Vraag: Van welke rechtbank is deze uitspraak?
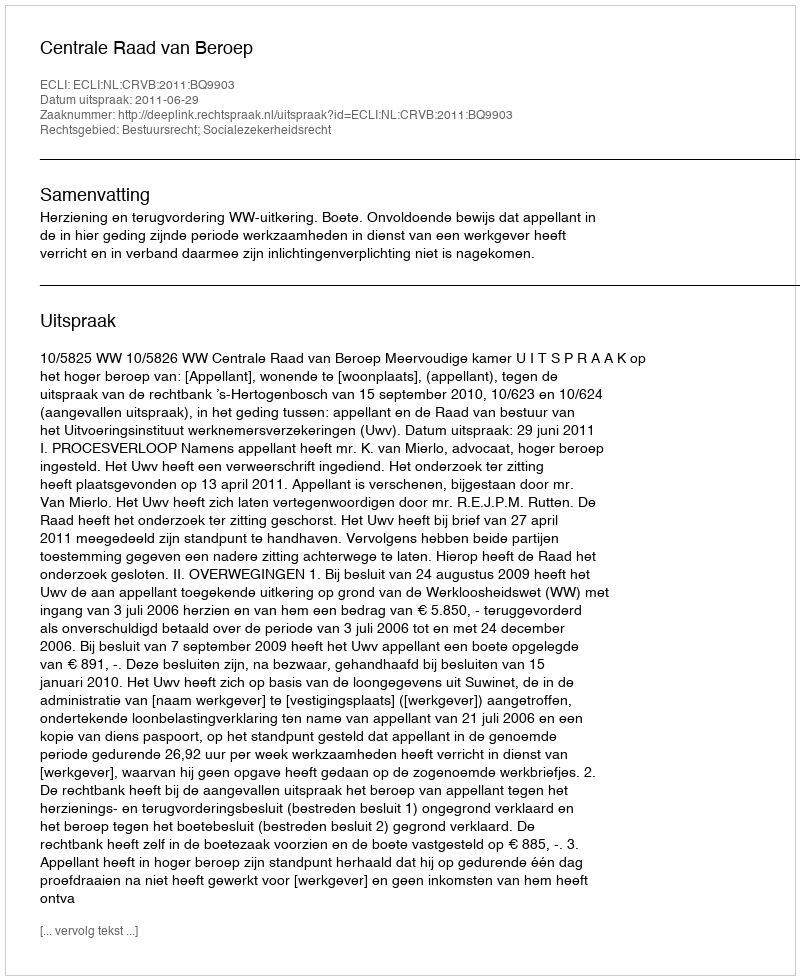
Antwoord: Centrale Raad van Beroep